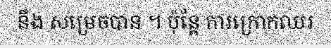
នឹង សម្រេចបាន ។ ប៉ុន្តែ ការក្រោកឈរ